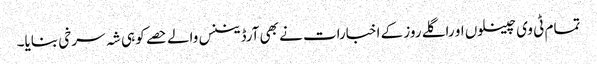
تمام ٹی وی چینلوں او راگلے روز کے اخبارات نے بھی آرڈیننس والے حصے کو ہی شہ سرخی بنایا۔